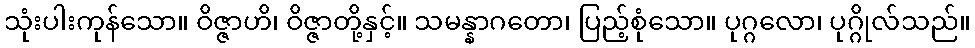
သုံးပါးကုန်သော။ ဝိဇ္ဇာဟိ၊ ဝိဇ္ဇာတို့နှင့်။ သမန္နာဂတော၊ ပြည့်စုံသော။ ပုဂ္ဂလော၊ ပုဂ္ဂိုလ်သည်။